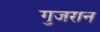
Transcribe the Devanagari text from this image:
गुजरान